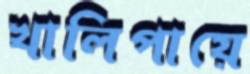
খালিপায়ে